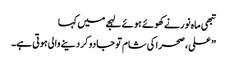
تبھی ماہ نور نے کھوئے ہوئے لہجے میں کہا
” علی، صحرا کی شام تو جادو کر دینے والی ہوتی ہے۔